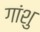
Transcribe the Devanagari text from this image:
गांशु